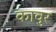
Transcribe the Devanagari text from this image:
कावुर